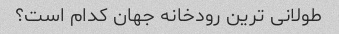
طولانی ترین رودخانه جهان کدام است؟